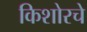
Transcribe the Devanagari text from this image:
किशोरचे